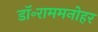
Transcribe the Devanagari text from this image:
डॉ॰राममनोहर